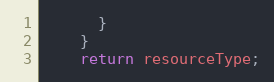
Language: Java
      }
    }
    return resourceType;